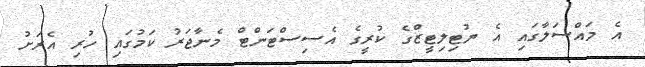
އެ މައްސަލާގައި އެ ޔުޓިލިޓީޒްގެ ކުރީގެ އެސިސްޓަންޓް މެނާޖަރު ކަމުގައި ހުރި އެރަށު